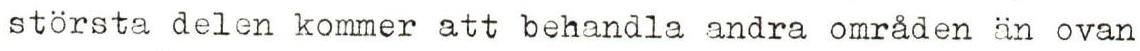
största delen kommer att behandla andra områden än ovan